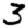
Digit: 3